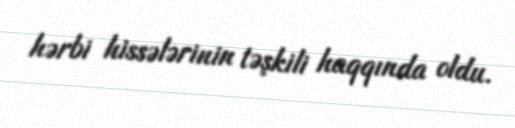
hərbi hissələrinin təşkili haqqında oldu.